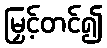
မြှင့်တင်၍